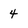
Character: 4